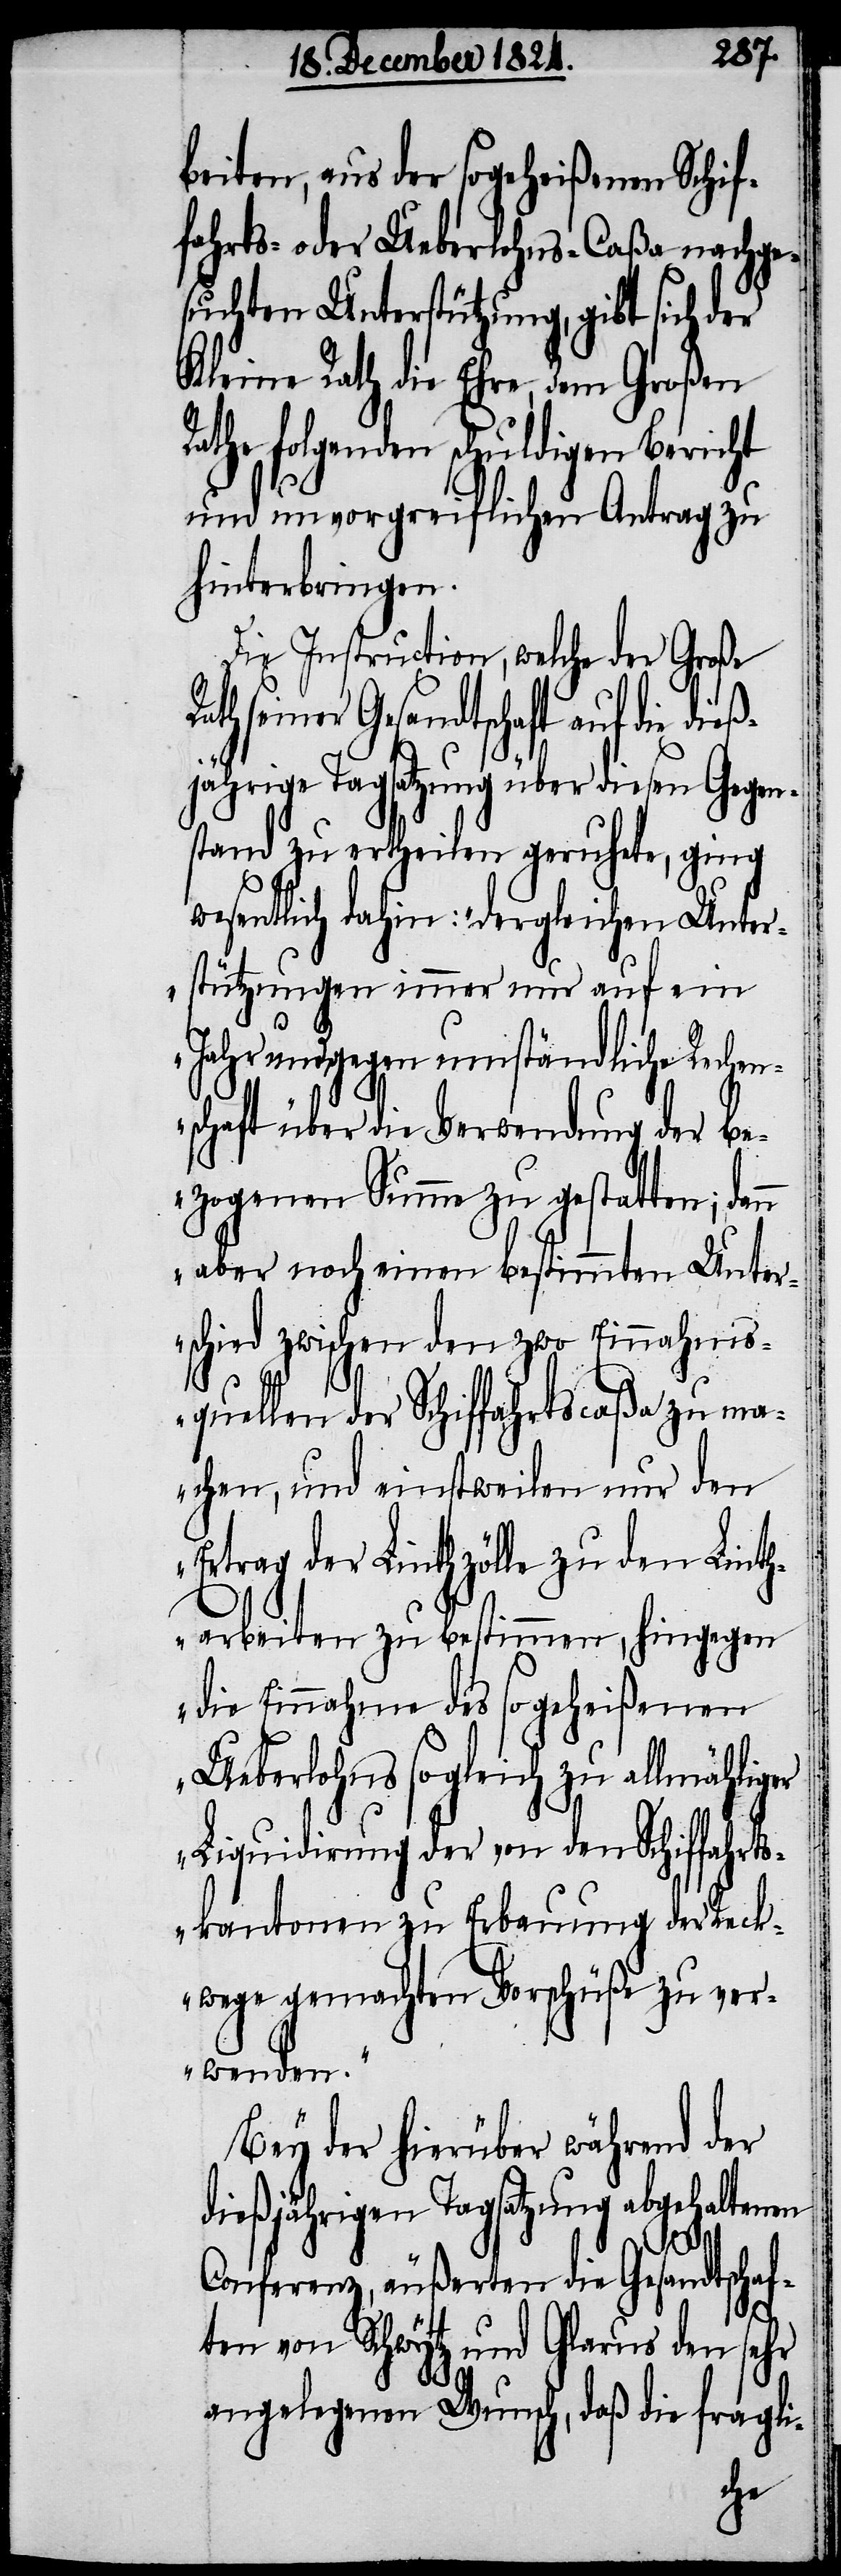
beiten, aus der sogeheißenen Schif¬
fahrts- oder Ueberlohns-Caßa nachge¬
suchten Unterstützung, gibt sich der
Kleine Rath die Ehre, dem Großen
Rathe folgenden schuldigen Bericht
und unvorgreiflichen Antrag zu
hinterbringen.
Die Instruction, welche der Große
seiner Gesandtschaft auf die
jährige Tagsatzung über diesen Gegen¬
stand zu ertheilen geruhete, ging
wesentlich dahin: „dergleichen Unter¬
stützungen immer nur auf ein
Jahr und gegen umständliche Rechen¬
schaft über die Verwendung der be¬
zogenen Summe zu gestatten; dan¬
n aber noch einen bestimmten Unter¬
schied zwischen den zwo Einnahms¬
quellen der Schiffahrtscaßa zu ma¬
chen, und einstweilen nur den
Ertrag der Linthzölle zu den Linth¬
arbeiten zu bestimmen, hingegen
die Einnahme des sogeheißenen
Ueberlohns sogleich zu allmähliger
Liquidirung der von den Schiffahrts¬
kantonen zu Erbauung der Reck¬
wege gemachten Vorschüße zu ver¬
wenden.“
Bey der hierüber während der
dießjährigen Tagsatzung abgehaltenen
dieß¬
Conferenz, äußerten die Gesandtschaf¬
ten von Schwytz und Glarus den sehr
angelegenen Wunsch, daß die fragli-